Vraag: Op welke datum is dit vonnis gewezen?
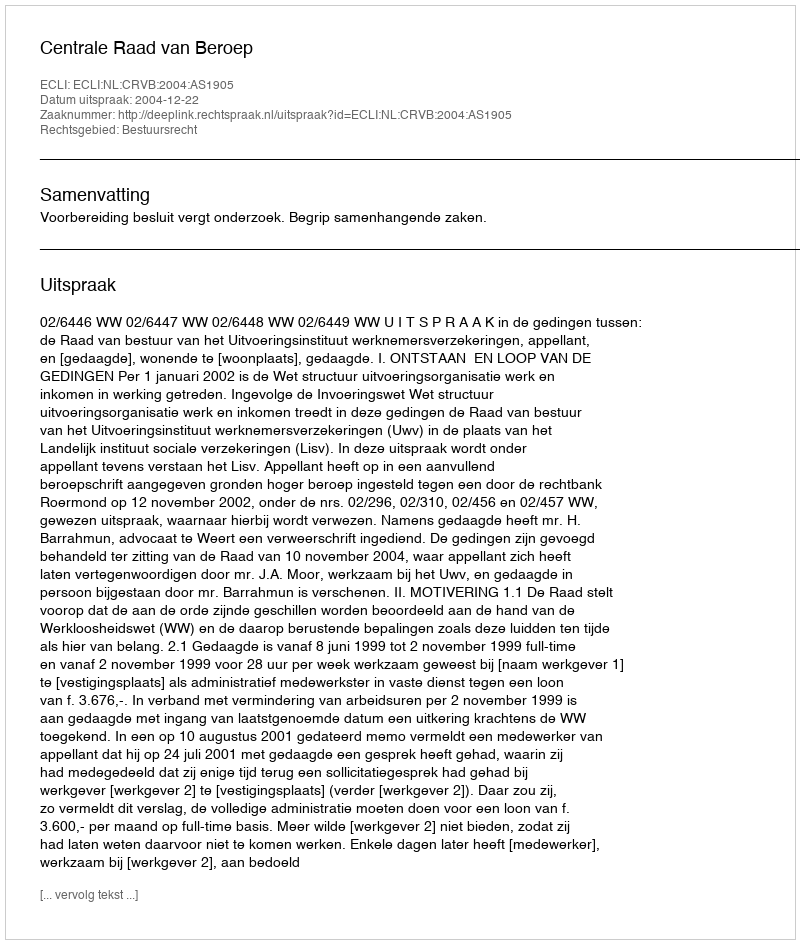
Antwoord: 2004-12-22